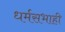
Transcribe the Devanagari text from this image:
धर्मसभाही